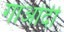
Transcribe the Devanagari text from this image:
गाओदी